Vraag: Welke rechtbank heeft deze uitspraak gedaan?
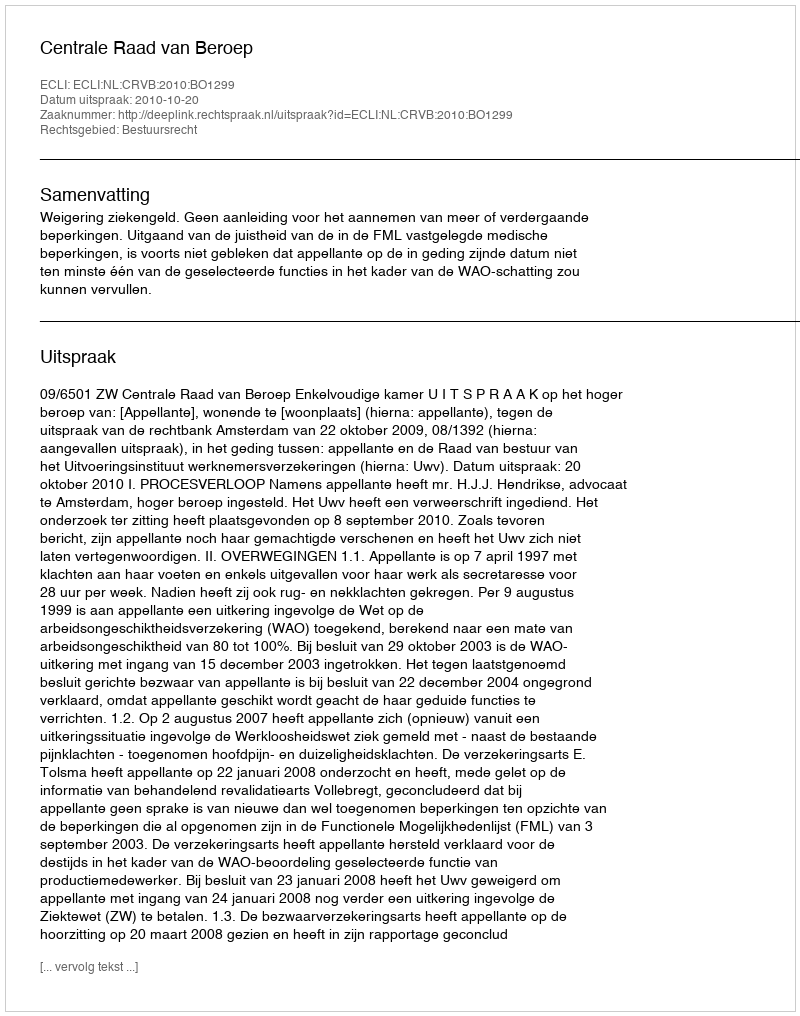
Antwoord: Centrale Raad van Beroep